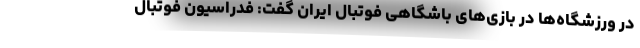
در ورزشگاه‌ها در بازی‌های باشگاهی فوتبال ایران گفت: فدراسیون فوتبال